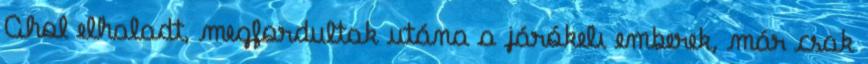
Ahol elhaladt, megfordultak utána a járókelı emberek, már csak